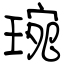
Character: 琬